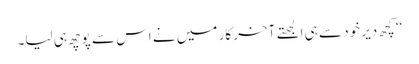
‘‘ کچھ دیر خود سے ہی الجھتے آخر کار میں نے اس سے پوچھ ہی لیا۔